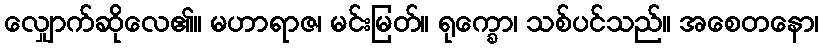
လျှောက်ဆိုလေ၏။ မဟာရာဇ၊ မင်းမြတ်။ ရုက္ခော၊ သစ်ပင်သည်။ အစေတနော၊